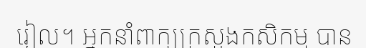
រៀល។ អ្នកនាំពាក្យក្រសួងកសិកម្ម បាន